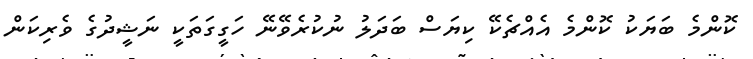
ކޮންމެ ބަޔަކު ކޮންމެ އެއްޗެކޭ ކިޔަސް ބަދަލު ނުކުރެވޭނޭ ހަގީގަތަކީ ނަޝީދުގެ ވެރިކަން